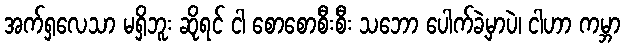
အက်ရှလေသာ မရှိဘူး ဆိုရင် ငါ စောစောစီးစီး သဘော ပေါက်ခဲ့မှာပဲ၊ ငါဟာ ကမ္ဘာ